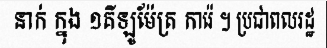
នាក់ ក្នុង ១គីឡូម៉ែត្រ ការ៉េ ។ ប្រជាពលរដ្ឋ